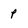
Character: p